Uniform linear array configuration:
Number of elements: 32
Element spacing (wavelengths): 0.25
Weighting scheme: blackman
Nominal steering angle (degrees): -30
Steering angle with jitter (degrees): -30.166
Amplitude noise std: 0.05
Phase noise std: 0.05

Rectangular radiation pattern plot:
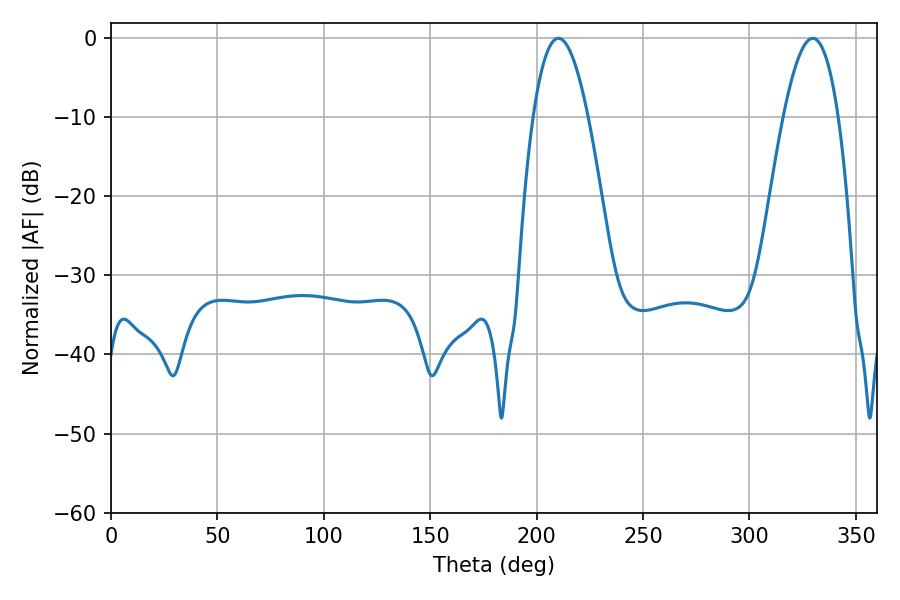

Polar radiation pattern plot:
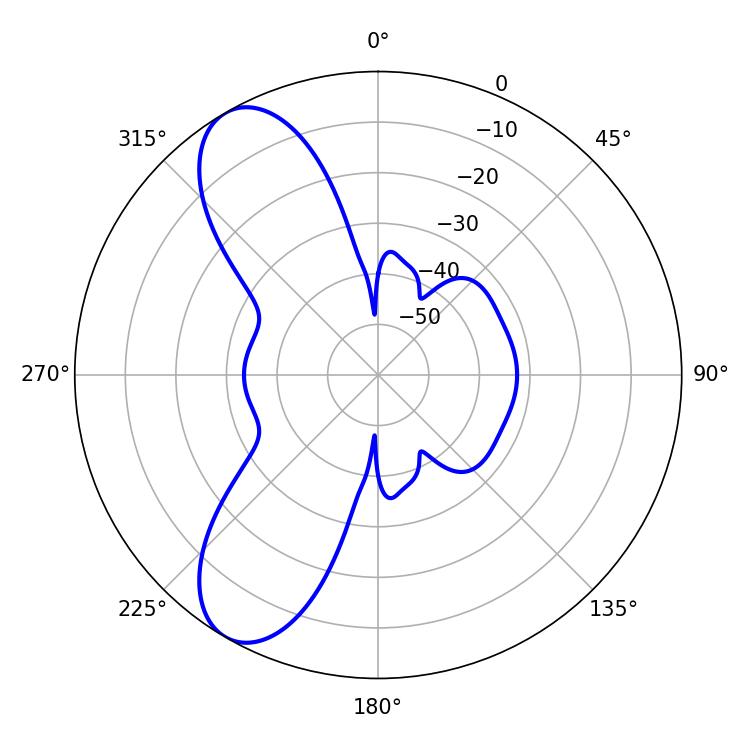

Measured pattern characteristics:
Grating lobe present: FALSE
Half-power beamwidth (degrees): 14.22
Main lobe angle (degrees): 210.24